Lunatic asylums in Bengal annual reports 1888-1898 - 1888-1898
Year: 1888
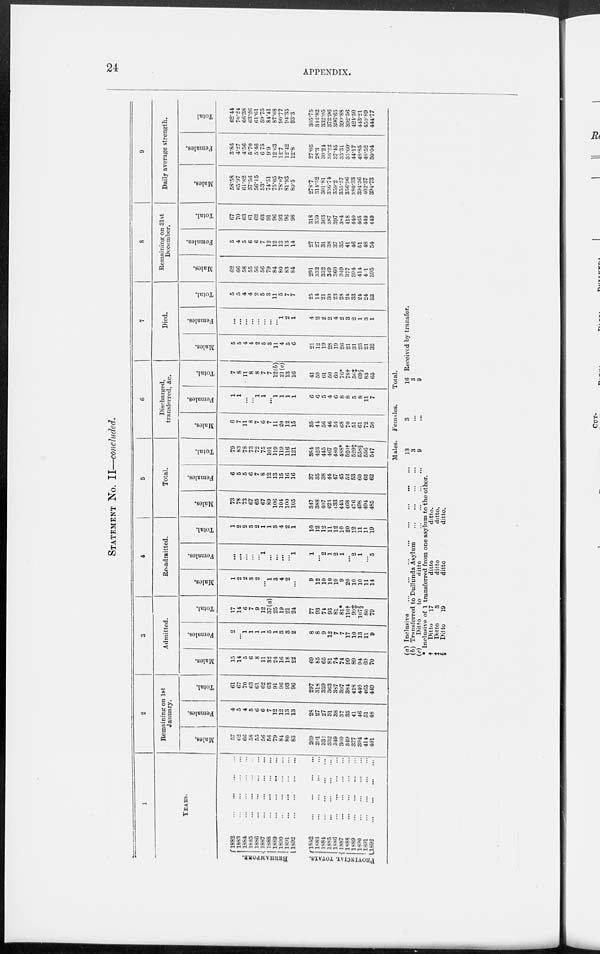
24
APPENDIX.
STATEMENT No. II—concluded.
1
YEARS.
BERHAMPORE.
PROVINCIAL TOTALS.
1882
...
...
...
...
1883
...
...
...
...
1884
...
...
...
...
1885 ... ... ... ...
1886
...
...
...
...
1887
...
...
...
...
1888
...
...
...
...
1889
...
...
...
...
1890
...
...
...
...
1891
...
...
...
...
1892
...
...
...
...
1882
...
...
...
...
1883
...
...
...
...
1884
...
...
...
...
1885
...
...
...
...
1886
...
...
...
...
1887
...
...
...
...
1888
...
...
...
...
1889
...
...
...
...
1890
...
...
...
...
1891
...
...
...
...
1892
...
...
...
...
2
Remaining on 1st
January.
Males.
57
62
66
58
55
56
56
79
84
80
83
269
291
332
332
349
360
349
377
394
414
401
Females.
4
5
4
5
6
6
7
12
12
13
13
28
27
27
31
38
37
35
41
46
51
48
Total.
61
67
70
63
61
62
63
91
96
93
96
297
318
359
363
387
397
384
418
440
465
449
3
Admitted.
Males.
15
14
5
6
8
11
32
24
16
18
22
69
85
65
81
74
74
99
89
94
69
70
Females.
2
...
1
1
1
1
5
1
3
3
2
8
8
9
12
7
7
17
10
13
11
9
Total.
17
14
6
7
9
12
37(a)
25
19
21
24
77
93
74
93
81
81*
116†
99‡
107§
80
79
4
Re-admitted.
Males.
1
2
2
3
2
...
1
3
4
2
...
9
12
10
10
10
9
20
10
10
11
14
Females.
...
...
...
...
...
1
...
...
...
...
1
1
...
2
1
2
1
...
2
1
...
5
Total.
1
2
2
3
2
1
1
3
4
2
1
10
12
12
11
12
10
20
12
11
11
19
5
Total.
Males.
73
78
73
67
65
67
89
106
104
100
105
347
388
407
423
433
443
468
476
498
494
485
Females.
6
5
5
6
7
8
12
13
15
16
16
37
35
38
44
47
45
52
53
60
62
62
Total.
79
83
78
73
72
75
101
119
119
116
121
384
423
445
467
480
488*
520†
529‡
558§
556
547
6
Discharged,
transferred, &c.
Males.
6
7
11
8
7
6
7
11
20
12
15
35
44
56
46
54
68
70
51
61
72
58
Females.
1
1
...
...
1
1
...
1
1
1
1
6
6
5
4
6
8
8
5
8
11
7
Total.
7
8
11
8
8
7
7
12(b)
21(c)
13
16
41
50
61
50
60
76*
78†
56‡
69§
83
65
7
Died.
Males.
5
5
4
4
2
5
3
11
4
5
6
21
12
19
28
19
26
21
31
23
21
32
Females.
...
...
...
...
...
...
...
...
1
2
1
4
2
2
2
4
2
3
2
1
3
1
Total.
5
5
4
4
2
5
3
11
5
7
7
25
14
21
30
23
28
24
33
24
24
33
8
Remaining on 31st
December.
Males.
62
66
58
55
56
56
79
84
80
83
84
291
332
332
349
360
349
377
394
414
401
395
Females.
5
4
5
6
6
7
12
12
13
13
14
27
27
31
38
37
35
41
46
51
48
54
Total.
67
70
63
61
62
63
91
96
93
96
98
318
359
363
387
397
384
418
440
465
449
449
9
Daily average strength.
Males.
58.58
65.97
61.82
57.56
56.15
53.
74.51
75.05
78.07
81.93
80.5
278.7
314.52
301.81
336.74
359.2
355.57
356.96
380.33
394.36
402.37
394.73
Females.
3.86
4.27
4.56
5.70
5.46
6.75
9.9
12.63
12.7
12.42
12.8
27.05
28.3
30.24
36.22
37.45
35.31
35.60
44.17
48.85
48.52
50.04
Total.
62.44
70.24
66.38
63.26
61.61
59.75
84.41
87.68
90.77
94.35
93.3
305.75
342.82
332.05
372.96
396.65
390.88
392.56
424.50
443.21
450.89
444.77
(a) Inclusive
...
...
...
...
...
...
...
...
(b) Transferred to Dullunda Asylum
...
...
...
...
(c)
Ditto
to
ditto
...
...
...
...
* Inclusive of 1 transferred from one asylum to the other.
†
‡
§
Ditto
17
Ditto
3
Ditto
19
ditto
ditto
ditto
ditto.
ditto.
ditto.
Males.
13
3
9
Females.
3
...
...
Total.
16 Received by transfer.
3
9